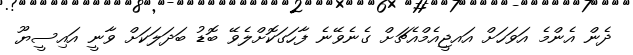
ދެން އެންމެ އަވަހަށް އައޖީއެމްއެޗަށް ގެނެވޭނެ ފާހަގަކޮށްލެވޭ ބޮޑު ބަދަލަކަށް ވާނީ އައިސީޔޫ